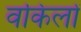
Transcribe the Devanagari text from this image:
वकिलों